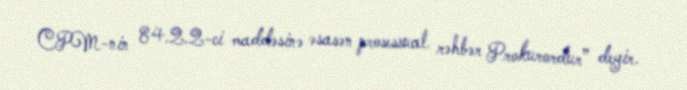
CPM-nin 84.2.2-ci maddəsinə əsasən prosessual rəhbər Prokurordur” deyir.